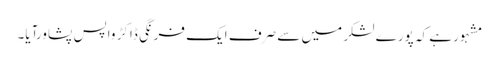
مشہور ہے کہ پورے لشکر میں سے صرف ایک فرنگی ڈاکڑ واپس پشاورآیا۔